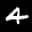
Label: 4